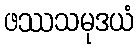
ဖဿသမုဒယံ